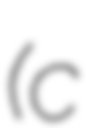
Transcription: (c